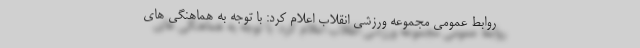
روابط عمومی مجموعه ورزشی انقلاب اعلام کرد: با توجه به هماهنگی های